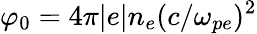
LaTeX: \varphi_{0}=4\pi|e|n_{e}(c/\omega_{pe})^{2}